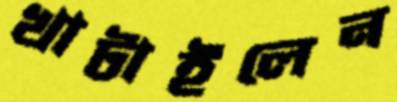
খাটাইলেন